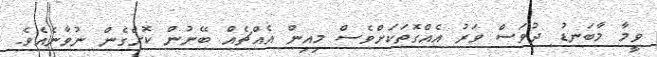
ވީމާ މާބަނޑު ދުވަސް ވަރު އެއްގޮތަކަށްވެސް މިއިން އެއްޗެއް ބޭނުން ކޮށްގެން ނުވާނެއެވެ.